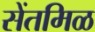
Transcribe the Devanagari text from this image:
सेंतमिळ